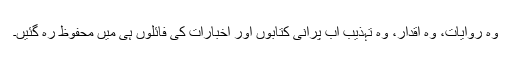
وہ روایات، وہ اقدار، وہ تہذیب اب پرانی کتابوں اور اخبارات کی فائلوں ہی میں محفوظ رہ گئیں۔